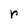
Character: r